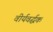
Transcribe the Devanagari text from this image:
वीर्यवर्द्घक